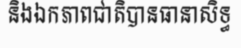
និងឯកភាពជាតិបានធានាសិទ្ធ